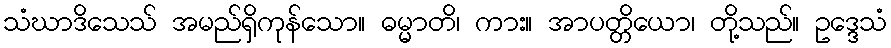
သံဃာဒိသေသ် အမည်ရှိကုန်သော။ ဓမ္မာတိ၊ ကား။ အာပတ္တိယော၊ တို့သည်။ ဥဒ္ဒေသံ